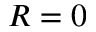
R = 0